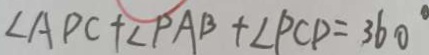
\angle A P C + \angle P A B + \angle P C D = 3 6 0 ^ { \circ }